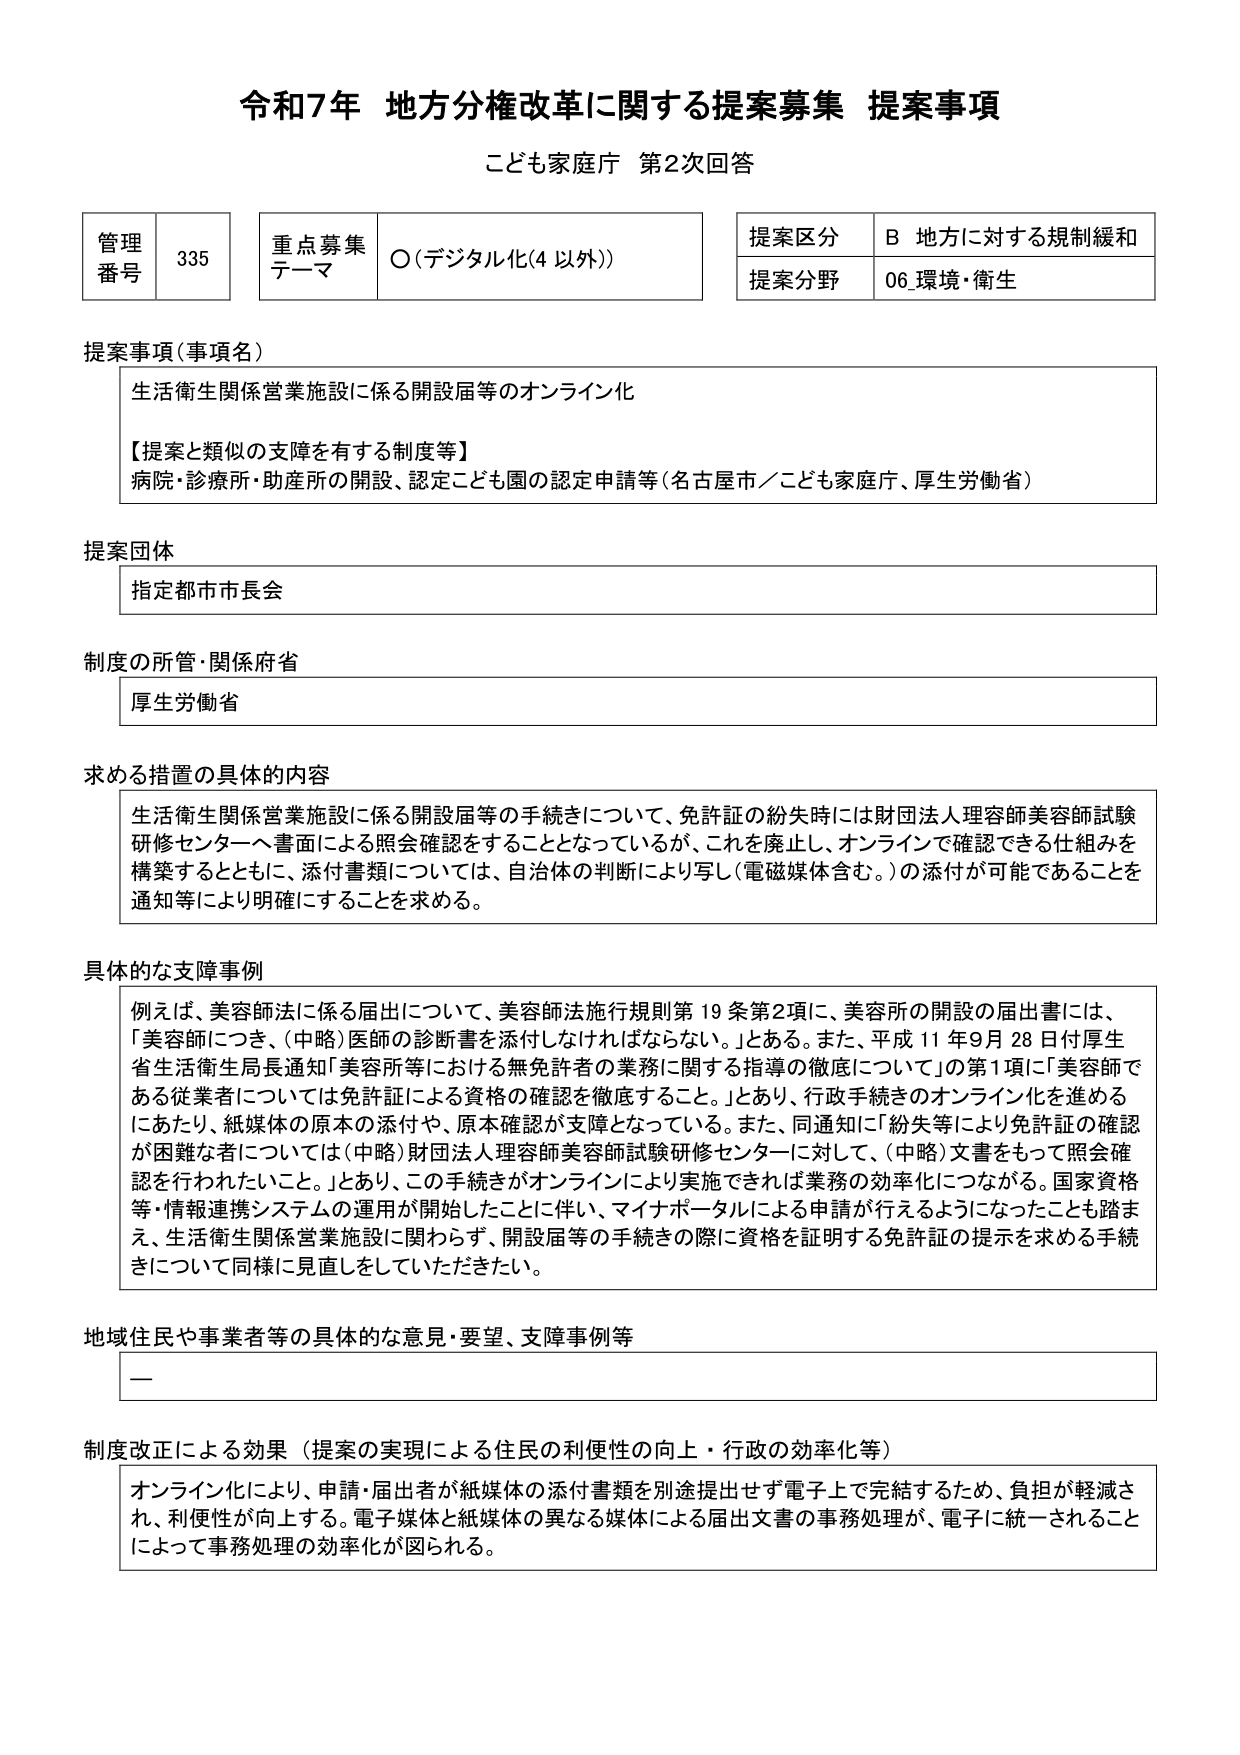
令和7年 地方分権改革に関する提案募集 提案事項
こども家庭庁 第2次回答

管理番号 335
重点募集テーマ ○（デジタル化（4 以外））
提案区分 B 地方に対する規制緩和
提案分野 06_環境・衛生

提案事項（事項名）
生活衛生関係営業施設に係る開設届等のオンライン化
【提案と類似の支障を有する制度等】
病院・診療所・助産所の開設、認定こども園の認定申請等（名古屋市／こども家庭庁、厚生労働省）

提案団体
指定都市市長会

制度の所管・関係府省
厚生労働省

求める措置の具体的内容
生活衛生関係営業施設に係る開設届等の手続きについて、免許証の紛失時には財団法人理容師美容師試験研修センターへ書面による照会確認をすることとなっているが、これを廃止し、オンラインで確認できる仕組みを構築するとともに、添付書類については、自治体の判断により写し（電磁媒体含む。）の添付が可能であることを通知等により明確にすることを求める。

具体的な支障事例
例えば、美容師法に係る届出について、美容師法施行規則第19条第2項に、美容所の開設の届出書には、「美容師につき、（中略）医師の診断書を添付しなければならない。」とある。また、平成11年9月28日付厚生省生活衛生局長通知「美容所等における無免許者の業務に関する指導の徹底について」の第1項に「美容師である従業者については免許証による資格の確認を徹底すること。」とあり、行政手続きのオンライン化を進めるにあたり、紙媒体の原本の添付や、原本確認が支障となっている。また、同通知に「紛失等により免許証の確認が困難な者については（中略）財団法人理容師美容師試験研修センターに対して、（中略）文書をもって照会確認を行わせたいこと。」とあり、この手続きがオンラインにより実施できれば業務の効率化につながる。国家資格等・情報連携システムの運用が開始したことに伴い、マイナポータルによる申請が行えるようになったことも踏まえ、生活衛生関係営業施設に関わらず、開設届等の手続きの際に資格を証明する免許証の提示を求める手続きについて同様に見直しをしていただきたい。

地域住民や事業者等の具体的な意見・要望、支障事例等
ー

制度改正による効果（提案の実現による住民の利便性の向上・行政の効率化等）
オンライン化により、申請・届出者が紙媒体の添付書類を別途提出せず電子上で完結するため、負担が軽減され、利便性が向上する。電子媒体と紙媒体の異なる媒体による届出文書の事務処理が、電子に統一されることによって事務処理の効率化が図られる。